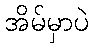
အိမ်မှာပဲ